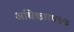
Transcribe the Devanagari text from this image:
अधिकारपत्रक